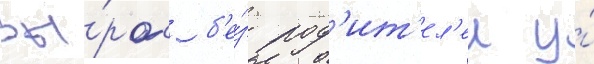
Вы́рос б'е́з род'ит'ел'еи у́